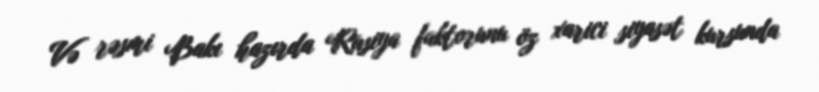
Və rəsmi Bakı hazırda Rusiya faktorunu öz xarici siyasət kursunda